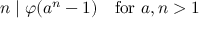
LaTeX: n \mid \varphi ( a ^ { n } - 1 ) \quad { \mathrm { f o r ~ } } a , n > 1